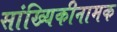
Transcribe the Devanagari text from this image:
सांख्यिकीनामक